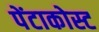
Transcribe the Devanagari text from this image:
पेंटाकोस्ट